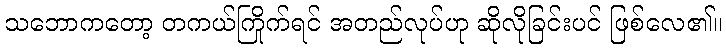
သဘောကတော့ တကယ်ကြိုက်ရင် အတည်လုပ်ဟု ဆိုလိုခြင်းပင် ဖြစ်လေ၏။